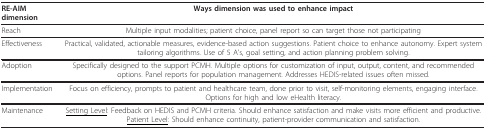
<table><thead><tr><td><b>RE-AIM dimension</b></td><td><b>Ways dimension was used to enhance impact</b></td></tr></thead><tbody><tr><td>Reach</td><td>Multiple input modalities; patient choice, panel report so can target those not participating</td></tr><tr><td>Effectiveness</td><td>Practical, validated, actionable measures, evidence-based action suggestions. Patient choice to enhance autonomy. Expert system tailoring algorithms. Use of 5 A&#x27;s, goal setting, and action planning problem solving.</td></tr><tr><td>Adoption</td><td>Specifically designed to the support PCMH. Multiple options for customization of input, output, content, and recommended options. Panel reports for population management. Addresses HEDIS-related issues often missed.</td></tr><tr><td>Implementation</td><td>Focus on efficiency, prompts to patient and healthcare team, done prior to visit, self-monitoring elements, engaging interface. Options for high and low eHealth literacy.</td></tr><tr><td>Maintenance</td><td><underline>Setting Level</underline>: Feedback on HEDIS and PCMH criteria. Should enhance satisfaction and make visits more efficient and productive.<underline>Patient Level</underline>: Should enhance continuity, patient-provider communication and satisfaction.</td></tr></tbody></table>